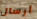
أرسال